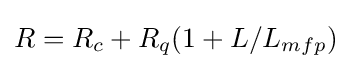
R=R_{c}+R_{q}(1+L/L_{mfp})